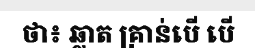
ថា៖ ឆ្លាត គ្រាន់បើ បើ